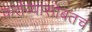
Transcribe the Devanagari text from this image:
कर्तव्यासोबतच